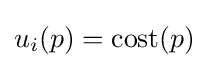
u_{i}(p)=\mathrm {cost} (p)